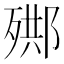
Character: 𣨳